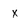
Character: X